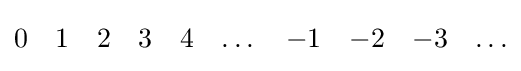
{\begin{matrix}0&1&2&3&4&\dots &-1&-2&-3&\dots \end{matrix}}